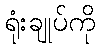
ရုံးချုပ်ကို